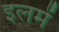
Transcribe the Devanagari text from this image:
इलमें